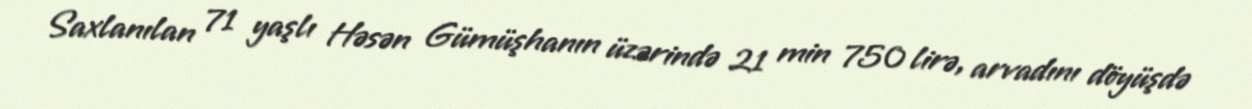
Saxlanılan 71 yaşlı Həsən Gümüşhanın üzərində 21 min 750 lirə, arvadını döyüşdə